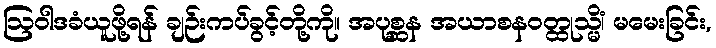
ဩဝါဒခံယူဖို့ရန် ချဉ်းကပ်ခွင့်တို့ကို။ အပုစ္ဆန အယာစနဝတ္ထုသ္မိံ၊ မမေးခြင်း,